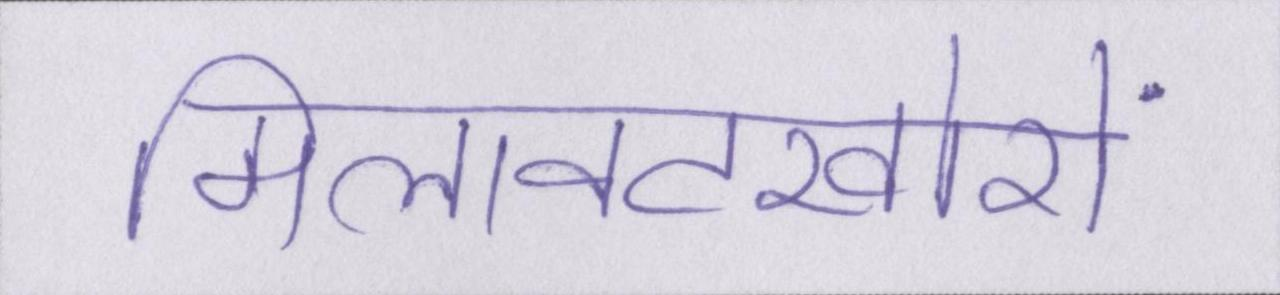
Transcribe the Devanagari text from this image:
मिलावटखोरों